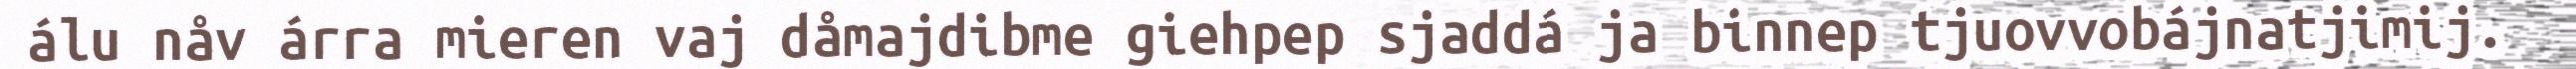
álu nåv árra mieren vaj dåmajdibme giehpep sjaddá ja binnep tjuovvobájnatjimij.